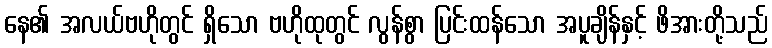
နေ၏ အလယ်ဗဟိုတွင် ရှိသော ဗဟိုထုတွင် လွန်စွာ ပြင်းထန်သော အပူချိန်နှင့် ဖိအားတို့သည်